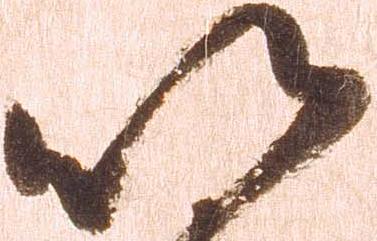
以